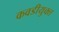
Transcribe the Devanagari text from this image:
कवडीयुक्‍त